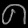
Digit: ၈